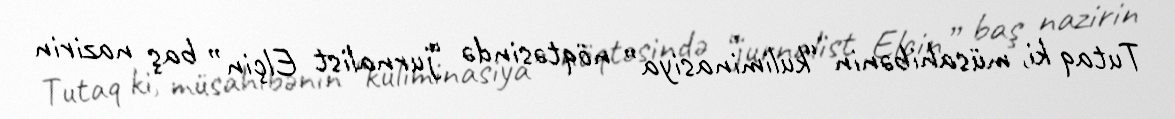
Tutaq ki, müsahibənin “kuliminasiya” nöqtəsində “jurnalist Elçin” baş nazirin